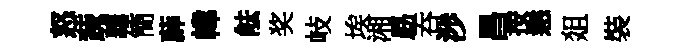
怒蔬覊簡薜幃䏻奖岐埃湘勗吞渉昌按恚爼裝